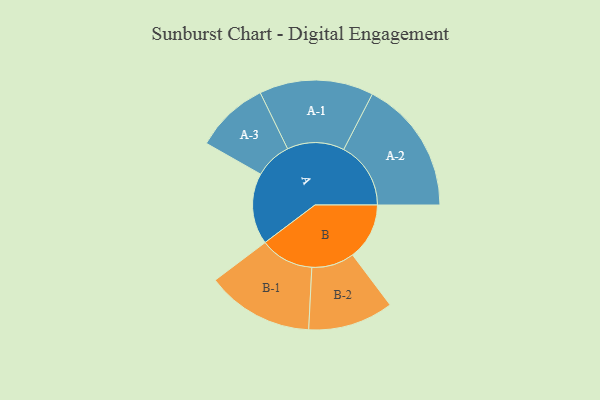
{"axis": {"x": "Segment", "y": "Value"}, "legend": ["", "A", "B"], "data": [{"x": "A", "y": 207, "type": ""}, {"x": "B", "y": 165, "type": ""}, {"x": "A-1", "y": 166, "type": "A"}, {"x": "A-2", "y": 195, "type": "A"}, {"x": "A-3", "y": 107, "type": "A"}, {"x": "B-1", "y": 156, "type": "B"}, {"x": "B-2", "y": 124, "type": "B"}]}